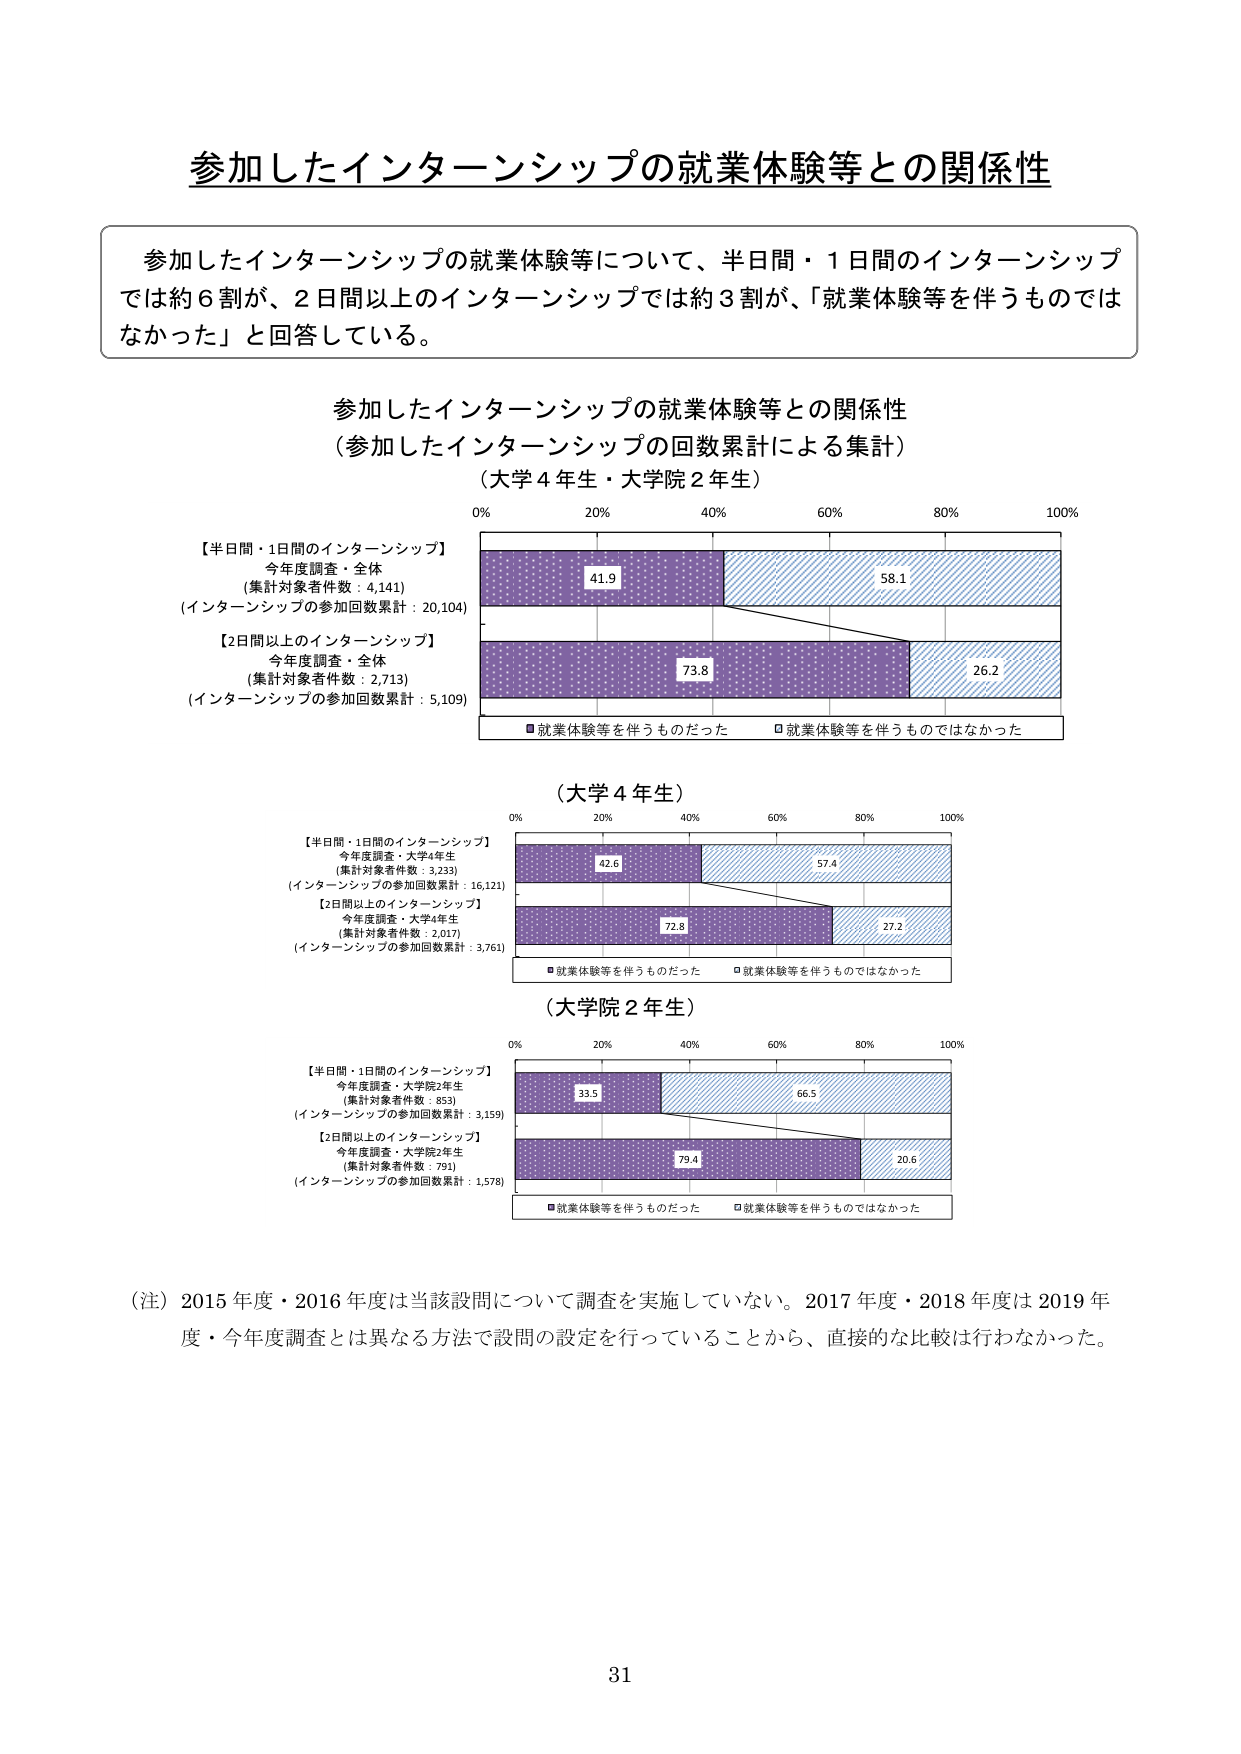
参加したインターンシップの就業体験等との関係性

参加したインターンシップの就業体験等について、半日間・1日間のインターンシップでは約6割が、2日間以上のインターンシップでは約3割が、「就業体験等を伴うものではなかった」と回答している。

参加したインターンシップの就業体験等との関係性
（参加したインターンシップの回数累計による集計）
（大学4年生・大学院2年生）

【半日間・1日間のインターンシップ】
今年度調査・全体
（集計対象者件数：4,141）
（インターンシップの参加回数累計：20,104）

【2日間以上のインターンシップ】
今年度調査・全体
（集計対象者件数：2,713）
（インターンシップの参加回数累計：5,109）

■就業体験等を伴うものだった
□就業体験等を伴うものではなかった

（大学4年生）

【半日間・1日間のインターンシップ】
今年度調査・大学4年生
（集計対象者件数：3,233）
（インターンシップの参加回数累計：16,121）

【2日間以上のインターンシップ】
今年度調査・大学4年生
（集計対象者件数：2,017）
（インターンシップの参加回数累計：3,761）

■就業体験等を伴うものだった
□就業体験等を伴うものではなかった

（大学院2年生）

【半日間・1日間のインターンシップ】
今年度調査・大学院2年生
（集計対象者件数：833）
（インターンシップの参加回数累計：3,159）

【2日間以上のインターンシップ】
今年度調査・大学院2年生
（集計対象者件数：791）
（インターンシップの参加回数累計：1,578）

■就業体験等を伴うものだった
□就業体験等を伴うものではなかった

（注）2015年度・2016年度は当該設問について調査を実施していない。2017年度・2018年度は2019年度・今年度調査とは異なる方法で設問の設定を行っていることから、直接的な比較は行わなかった。

31